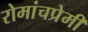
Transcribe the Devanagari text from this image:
रोमांचप्रेमी